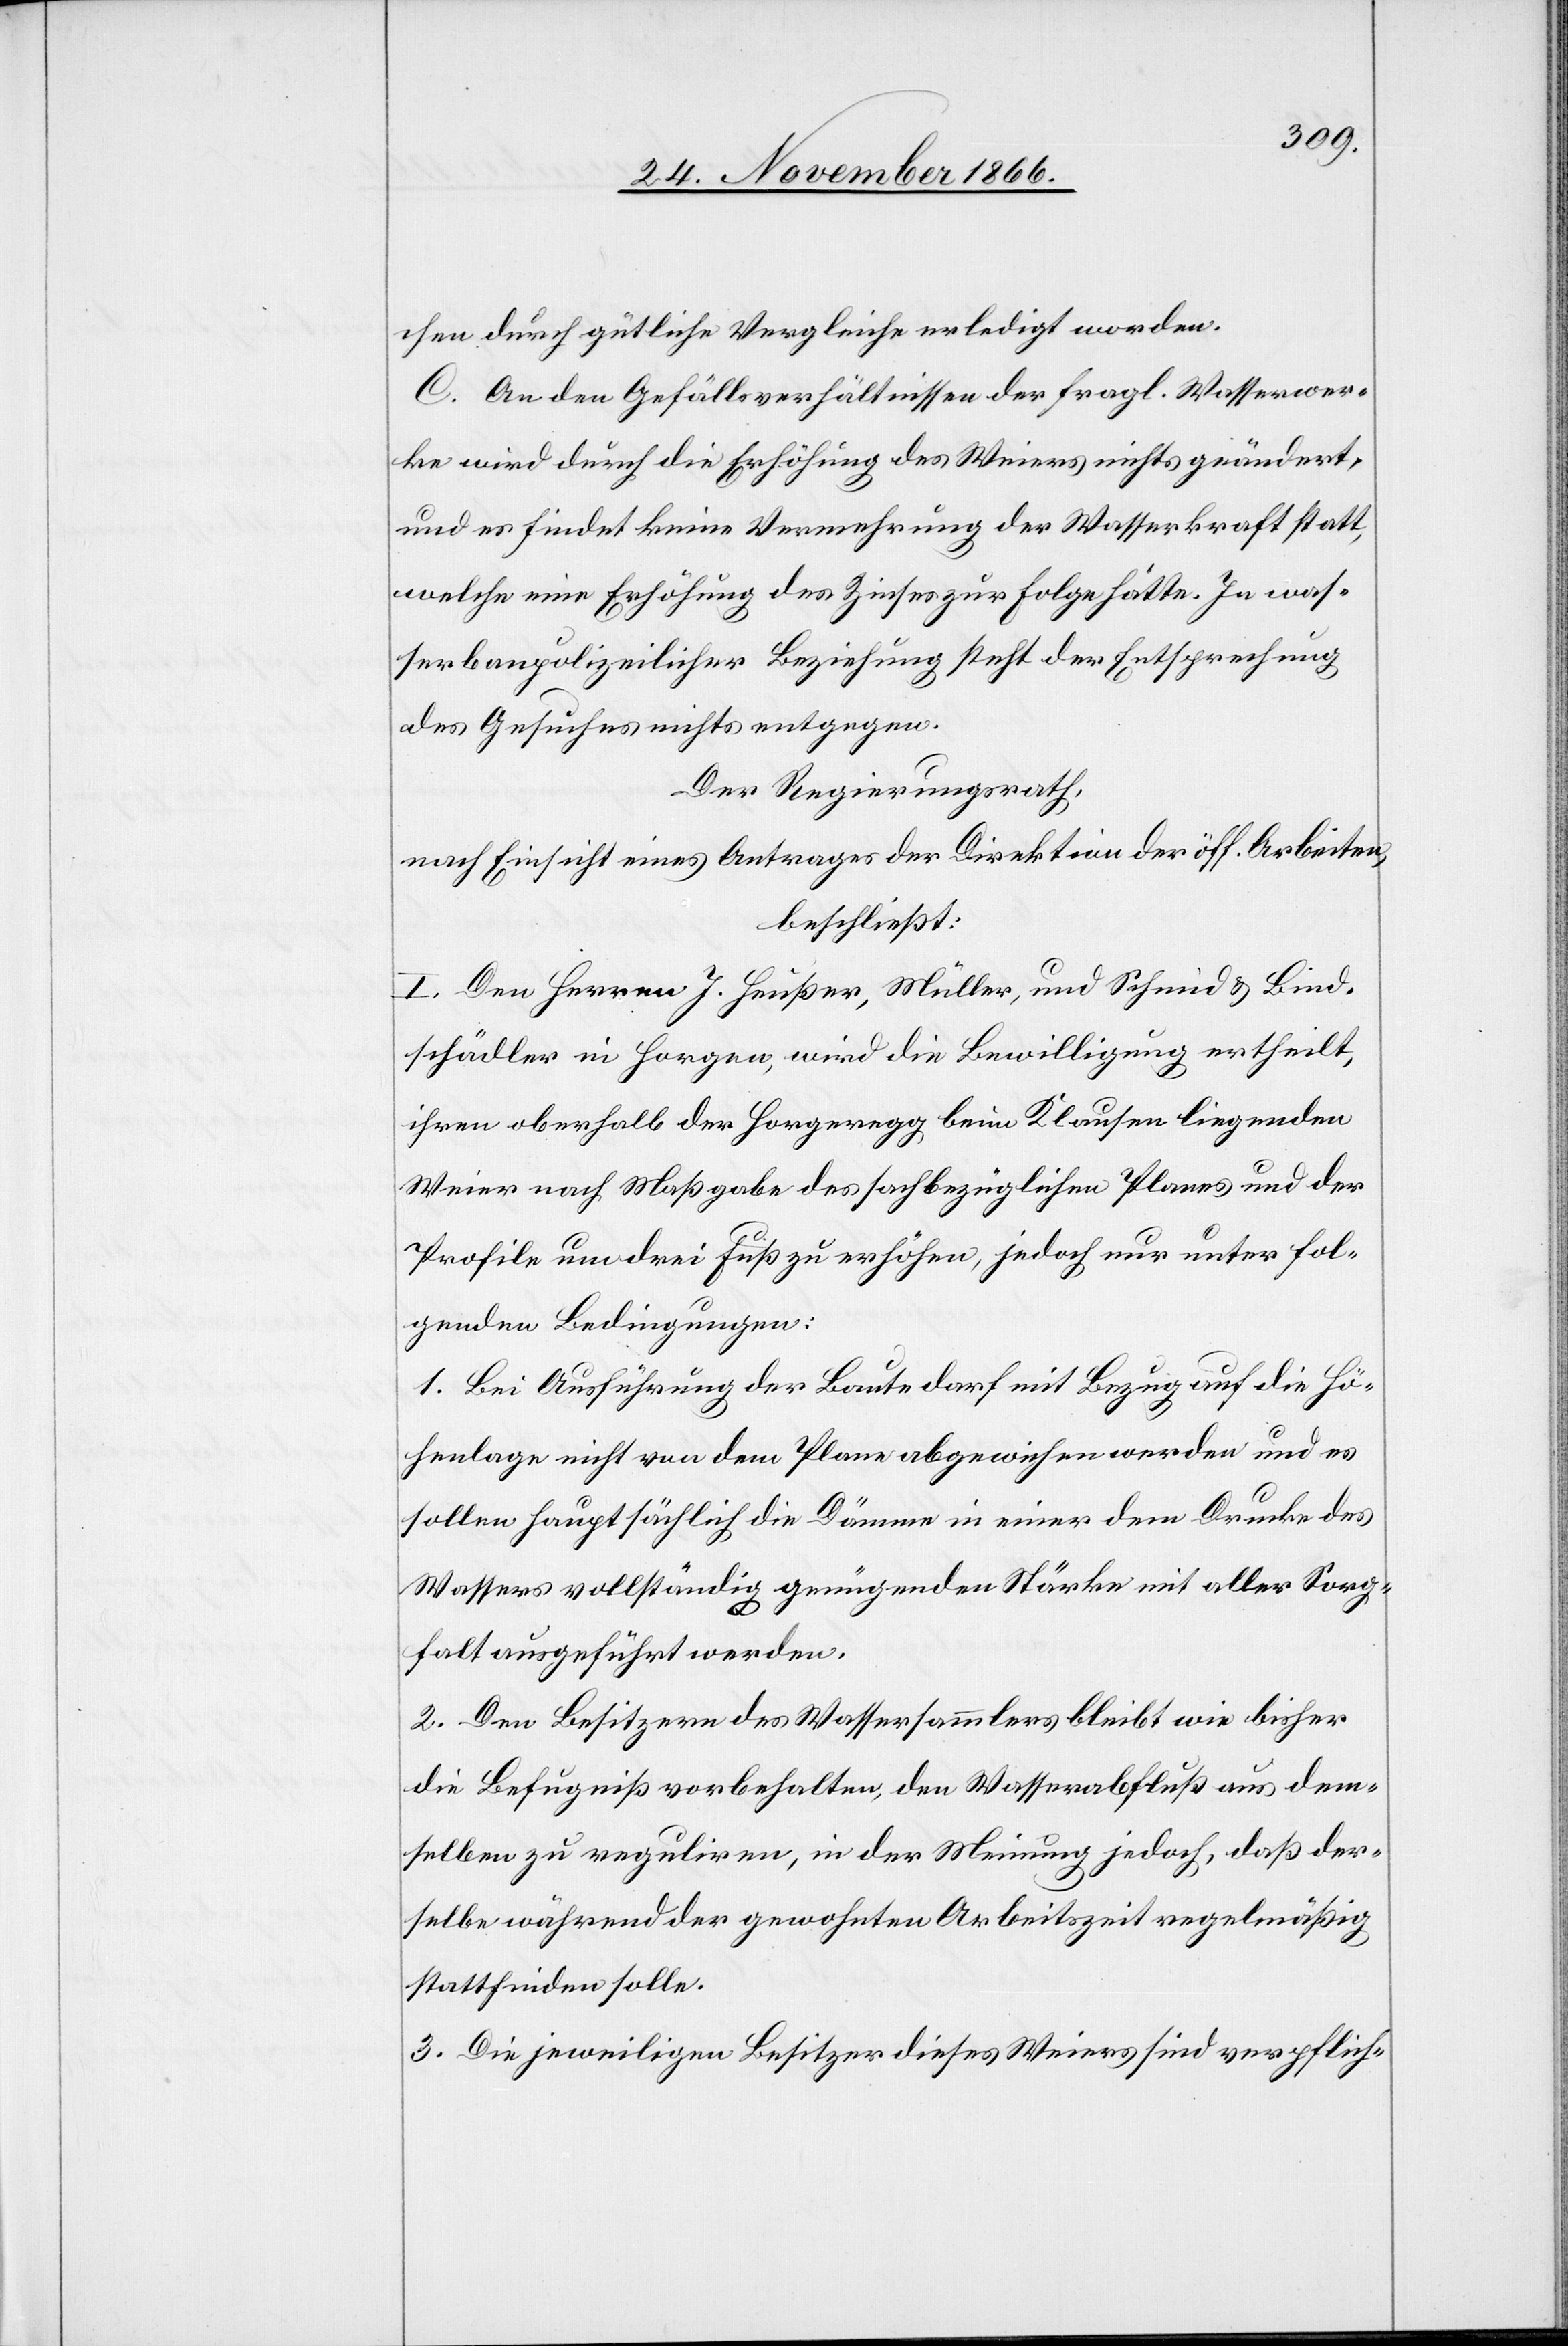
chen durch gütliche Vergleiche erledigt werden.
C. An den Gefällsverhältnissen der fragl. Wasserwer¬
ke wird durch die Erhöhung des Weiers nichts geändert,
und es findet keine Vermehrung der Wasserkraft statt,
welche eine Erhöhung des Zinses zur Folge hätte. In was¬
serbaupolizeilicher Beziehung steht der Entsprechung
des Gesuches nichts entgegen.
Der Regierungsrath,
nach Einsicht eines Antrages der Direktion der öff. Arbeiten,
beschließt:
I. Den Herren J. Heußer, Müller, und Schmid & Bind¬
schädler in Horgen, wird die Bewilligung ertheilt,
ihren oberhalb der Horgeregg beim Klausen liegenden
Weier nach Maßgabe des sachbezüglichen Planes und der
Profile um drei Fuß zu erhöhen, jedoch nur unter fol¬
genden Bedingungen:
1. Bei Ausführung der Baute darf mit Bezug auf die Hö¬
henlage nicht von dem Plane abgewichen werden und es
sollen hauptsächlich die Dämme in einer dem Drucke des
Wassers vollständig genügenden Stärke mit aller Sorg¬
falt ausgeführt werden.
2. Den Besitzern des Wassersammlers bleibt wie bisher
die Befugniß vorbehalten, den Wasserabfluß aus dem¬
selben zu reguliren, in der Meinung jedoch, daß der¬
selbe während der gewohnten Arbeitszeit regelmäßig
stattfinden solle.
3. Die jeweiligen Besitzer dieses Weiers sind verpflich-